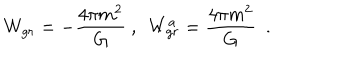
LaTeX: W _ { g r } ^ { } = - { \frac { 4 \pi m ^ { 2 } } { G } } ~ , ~ ~ W _ { g r } ^ { a } = { \frac { 4 \pi m ^ { 2 } } { G } } ~ ~ .